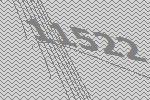
11522